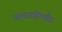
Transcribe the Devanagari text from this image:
उत्तररात्रीपर्यंत